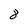
Character: 8